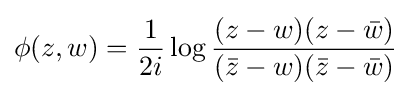
\phi (z,w)={\frac {1}{2i}}\log {\frac {(z-w)(z-{\bar {w}})}{({\bar {z}}-w)({\bar {z}}-{\bar {w}})}}